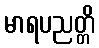
မာရပညတ္တိ